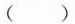
( )